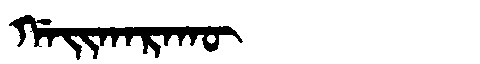
Manchu: ᡤᠠᡳᡴᠠᡵᠠᡴᡡ
Romanization: GAIKARAKŪ